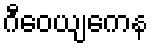
ဂီဝေယျကေန